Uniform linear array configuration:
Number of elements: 64
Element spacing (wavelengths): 0.75
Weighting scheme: exponential
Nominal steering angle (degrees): -15
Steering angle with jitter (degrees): -13.166
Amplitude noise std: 0.05
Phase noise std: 0.05

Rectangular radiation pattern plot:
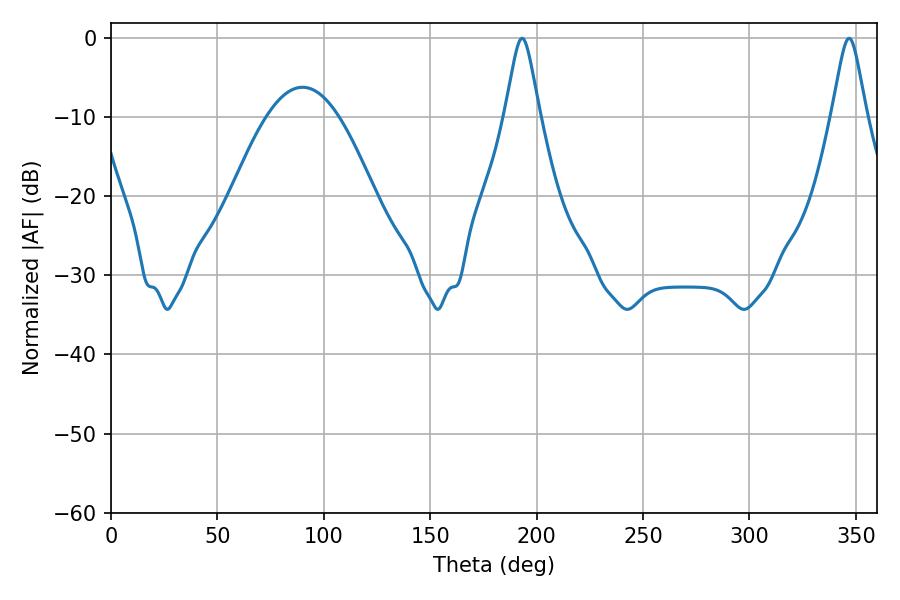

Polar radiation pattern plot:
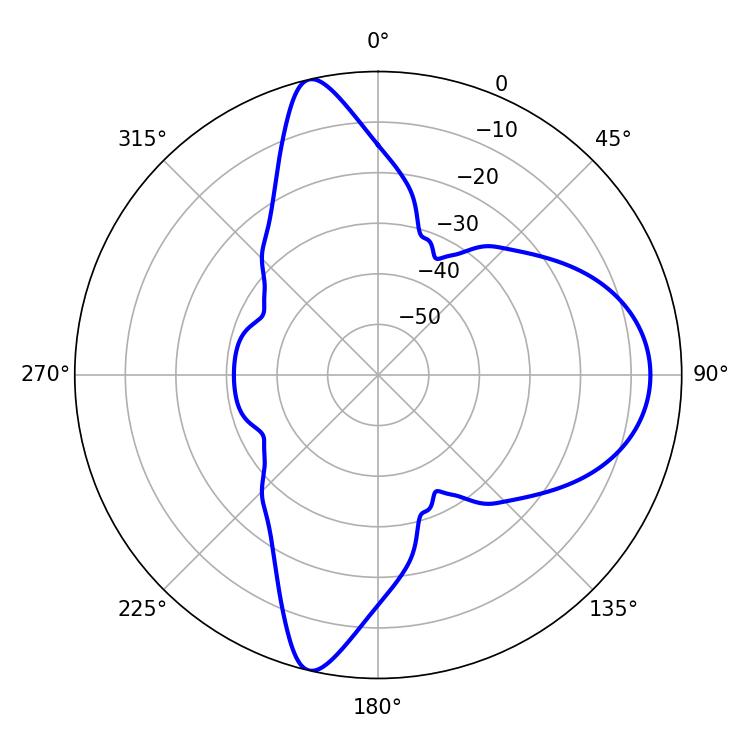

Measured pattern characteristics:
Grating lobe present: TRUE
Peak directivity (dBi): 15.271
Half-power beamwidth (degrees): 7.74
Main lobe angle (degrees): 193.14